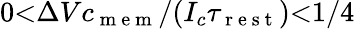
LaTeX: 0{<}\Delta Vc_{\mathrm{~m~e~m~}}/(I_{c}\tau_{\mathrm{~r~e~s~t~}}){<}1/4